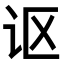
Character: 讴